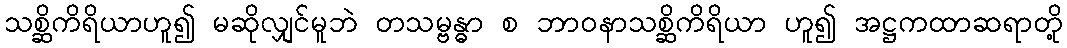
သစ္ဆိကိရိယာဟူ၍ မဆိုလျှင်မူဘဲ တသမ္ဗန္ဓာ စ ဘာဝနာသစ္ဆိကိရိယာ ဟူ၍ အဋ္ဌကထာဆရာတို့